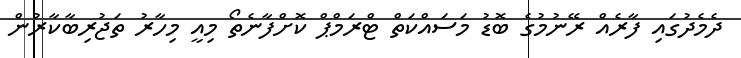
ދެމެދުގައި ފާރެއް ރޭނުމުގެ ބޮޑު މަސައްކަތް ޓްރަމްޕް ކޮށްފާނެތޯ މިއީ މިހާރު ތަޖުރިބާކާރުން